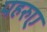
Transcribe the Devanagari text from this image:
पहरुए